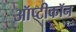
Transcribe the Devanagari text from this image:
ऑप्टीकॉन